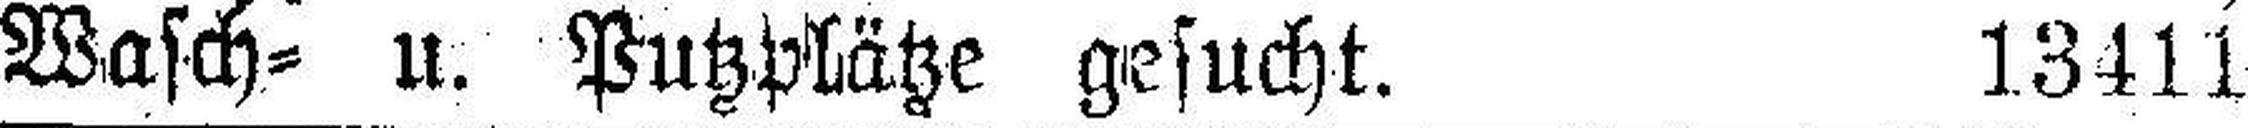
Wasch= u. Putzplätze gesucht. 13411